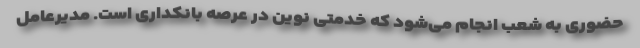
حضوری به شعب انجام می‌شود که خدمتی نوین در عرصه بانکداری است. مدیرعامل